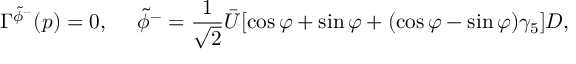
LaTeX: \Gamma ^ { \tilde { \phi } ^ { - } } ( p ) = 0 , \ \ \ \ \tilde { \phi } ^ { - } = \frac { 1 } { \sqrt { 2 } } \bar { U } [ \cos \varphi + \sin \varphi + ( \cos \varphi - \sin \varphi ) \gamma _ { 5 } ] D ,